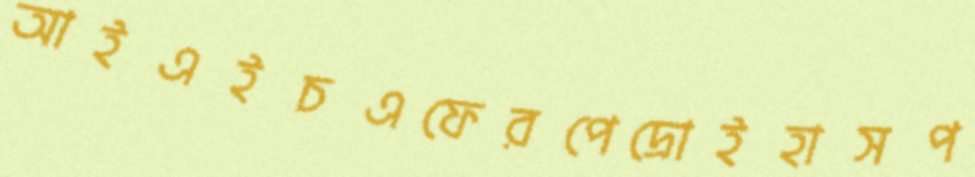
আইএইচএফেরপেদ্রোইহাসপ